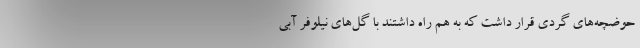
حوضچه‌های گِردی قرار داشت که به هم راه داشتند با گل‌های نیلوفر آبی